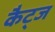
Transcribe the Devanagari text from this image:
कैट्ज